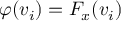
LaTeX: \varphi ( v _ { i } ) = F _ { x } ( v _ { i } )